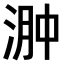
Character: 𣶴